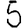
Digit: 5